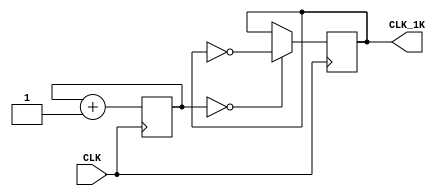
`timescale 1ns / 1ps
//////////////////////////////////////////////////////////////////////////////////
// Company: 
// Engineer: 
// 
// Design Name: 
// Module Name: clock_generator_1k
// Project Name: 
// Target Devices: 
// Tool Versions: 
// Description: 
// 
// Dependencies: 
// 
// Revision:
// Revision 0.01 - File Created
// Additional Comments:
// 
//////////////////////////////////////////////////////////////////////////////////


module clock_generator_1k(
    input CLK,
    output reg CLK_1K = 0
    );
    
    reg [14:0] count = 0;
    
    always @ (posedge CLK) begin
    count <= count + 1;
    CLK_1K = (count == 0) ? ~CLK_1K : CLK_1K;
    end
endmodule